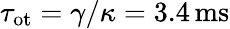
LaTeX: \tau_{\mathrm{{ot}}}=\gamma/\kappa=3.4\, \mathrm{{ms}}